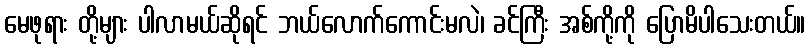
မေဖုရား တို့များ ပါလာမယ်ဆိုရင် ဘယ်လောက်ကောင်းမလဲ၊ ခင်ကြီး အစ်ကို့ကို ပြောမိပါသေးတယ်။